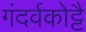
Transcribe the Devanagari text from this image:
गंदर्वकोट्टै